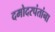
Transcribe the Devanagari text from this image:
दमोदरपंतांना